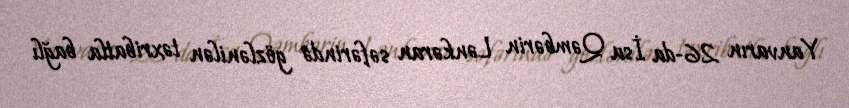
Yanvarın 26-da İsa Qəmbərin Lənkəran səfərində gözlənilən təxribatla bağlı